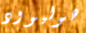
هوليوود